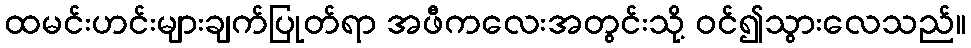
ထမင်းဟင်းများချက်ပြုတ်ရာ အဖီကလေးအတွင်းသို့ ဝင်၍သွားလေသည်။